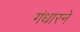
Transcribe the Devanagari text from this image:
गंधारने